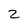
Character: 2